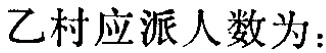
乙村应派人数为：